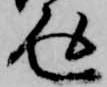
返